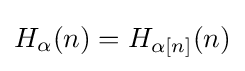
H_{\alpha }(n)=H_{\alpha [n]}(n)